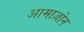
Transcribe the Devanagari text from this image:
आमाज़ोन